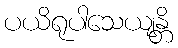
ပယိရုပါသေယျန္တိ